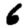
Digit: 6